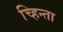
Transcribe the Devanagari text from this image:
च्हिन्ता